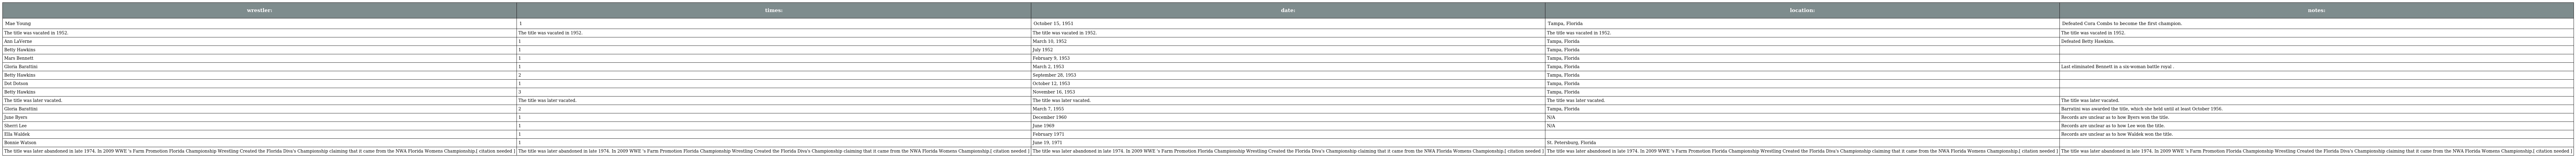
| wrestler: | times: | date: | location: | notes: |
 | --- | --- | --- | --- | --- |
 | Mae Young | 1 | October 15, 1951 | Tampa, Florida | Defeated Cora Combs to become the first champion. |
 | The title was vacated in 1952. | The title was vacated in 1952. | The title was vacated in 1952. | The title was vacated in 1952. | The title was vacated in 1952. |
 | Ann LaVerne | 1 | March 10, 1952 | Tampa, Florida | Defeated Betty Hawkins. |
 | Betty Hawkins | 1 | July 1952 | Tampa, Florida |  |
 | Mars Bennett | 1 | February 9, 1953 | Tampa, Florida |  |
 | Gloria Barattini | 1 | March 2, 1953 | Tampa, Florida | Last eliminated Bennett in a six-woman battle royal . |
 | Betty Hawkins | 2 | September 28, 1953 | Tampa, Florida |  |
 | Dot Dotson | 1 | October 12, 1953 | Tampa, Florida |  |
 | Betty Hawkins | 3 | November 16, 1953 | Tampa, Florida |  |
 | The title was later vacated. | The title was later vacated. | The title was later vacated. | The title was later vacated. | The title was later vacated. |
 | Gloria Barattini | 2 | March 7, 1955 | Tampa, Florida | Barratini was awarded the title, which she held until at least October 1956. |
 | June Byers | 1 | December 1960 | N/A | Records are unclear as to how Byers won the title. |
 | Sherri Lee | 1 | June 1969 | N/A | Records are unclear as to how Lee won the title. |
 | Ella Waldek | 1 | February 1971 |  | Records are unclear as to how Waldek won the title. |
 | Bonnie Watson | 1 | June 19, 1971 | St. Petersburg, Florida |  |
 | The title was later abandoned in late 1974. In 2009 WWE 's Farm Promotion Florida Championship Wrestling Created the Florida Diva's Championship claiming that it came from the NWA Florida Womens Championship.[ citation needed ] | The title was later abandoned in late 1974. In 2009 WWE 's Farm Promotion Florida Championship Wrestling Created the Florida Diva's Championship claiming that it came from the NWA Florida Womens Championship.[ citation needed ] | The title was later abandoned in late 1974. In 2009 WWE 's Farm Promotion Florida Championship Wrestling Created the Florida Diva's Championship claiming that it came from the NWA Florida Womens Championship.[ citation needed ] | The title was later abandoned in late 1974. In 2009 WWE 's Farm Promotion Florida Championship Wrestling Created the Florida Diva's Championship claiming that it came from the NWA Florida Womens Championship.[ citation needed ] | The title was later abandoned in late 1974. In 2009 WWE 's Farm Promotion Florida Championship Wrestling Created the Florida Diva's Championship claiming that it came from the NWA Florida Womens Championship.[ citation needed ] |